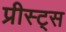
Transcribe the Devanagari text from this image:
प्रीस्ट्स